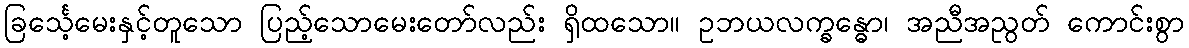
ခြင်္သေ့မေးနှင့်တူသော ပြည့်သောမေးတော်လည်း ရှိထသော။ ဥဘယလက္ခန္ဓော၊ အညီအညွတ် ကောင်းစွာ